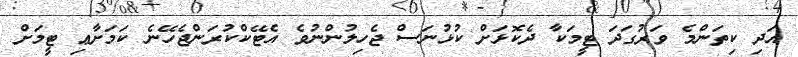
އަދި ކިތަންމެ ވަރުގަދަ ޓީމަކާ ދެކޮޅަށް ކުޅުނަސް ޖެހިލުންނުވެ އެޓޭކްކުރަންޖެހޭނެ ކަމަށާޢި ޓީމަށް